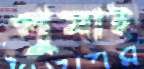
গুমাই